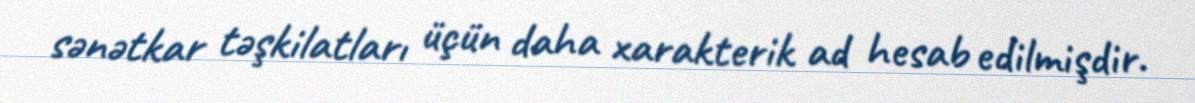
sənətkar təşkilatları üçün daha xarakterik ad hesab edilmişdir.